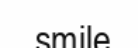
smile